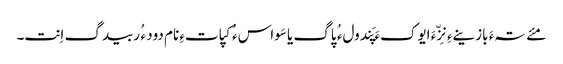
مئے تہءَ بازینےءِ نِزّءَ ایوکءَ پَندولء ُ پاگ یا سَواسء ُ کپاتءِ نام دود ء ُ ربیدگ اِنت۔